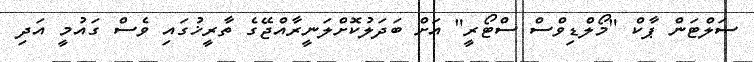
ސަލްޓަން ޕާކް "މޯލްޑިވްސް ސްޓޯރީ" އަށް ބަދަލުކޮށްލަނީރާއްޖޭގެ ތާރީޚުގައި ވެސް ގައުމީ އަދި